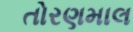
તોરણમાલ